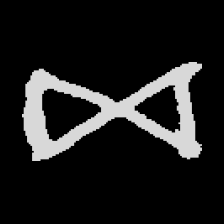
Pyu character \u2014 Myanmar letter: ဆ (romanized: cha)